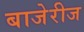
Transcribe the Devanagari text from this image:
बाजेरीज